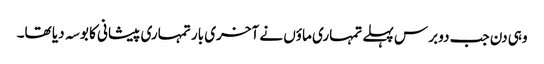
وہی دن جب دو برس پہلے تمہاری ماؤں نے آخری بار تمہاری پیشانی کا بوسہ دیا تھا۔